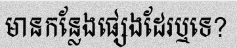
មានកន្លែងផ្សេងដែរឬទេ?